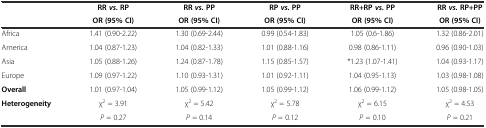
<table><thead><tr><td></td><td><b>RR<i>vs.</i>RP</b></td><td><b>RR<i>vs.</i>PP</b></td><td><b>RP<i>vs.</i>PP</b></td><td><b>RR+RP<i>vs.</i>PP</b></td><td><b>RR<i>vs.</i>RP+PP</b></td></tr><tr><td></td><td><b>OR (95% CI)</b></td><td><b>OR (95% CI)</b></td><td><b>OR (95% CI)</b></td><td><b>OR (95% CI)</b></td><td><b>OR (95% CI)</b></td></tr></thead><tbody><tr><td>Africa</td><td>1.41 (0.90-2.22)</td><td>1.30 (0.69-2.44)</td><td>0.99 (0.54-1.83)</td><td>1.05 (0.6-1.86)</td><td>1.32 (0.86-2.01)</td></tr><tr><td>America</td><td>1.04 (0.87-1.23)</td><td>1.04 (0.82-1.33)</td><td>1.01 (0.88-1.16)</td><td>0.98 (0.86-1.11)</td><td>0.96 (0.90-1.03)</td></tr><tr><td>Asia</td><td>1.05 (0.88-1.26)</td><td>1.24 (0.87-1.78)</td><td>1.15 (0.85-1.57)</td><td>*1.23 (1.07-1.41)</td><td>1.04 (0.93-1.17)</td></tr><tr><td>Europe</td><td>1.09 (0.97-1.22)</td><td>1.10 (0.93-1.31)</td><td>1.01 (0.92-1.11)</td><td>1.04 (0.95-1.13)</td><td>1.03 (0.98-1.08)</td></tr><tr><td><b>Overall</b></td><td>1.01 (0.97-1.04)</td><td>1.05 (0.99-1.12)</td><td>1.05 (0.99-1.12)</td><td>1.06 (0.99-1.12)</td><td>1.05 (0.98-1.05)</td></tr><tr><td><b>Heterogeneity</b></td><td>χ<sup>2</sup> = 3.91</td><td>χ<sup>2</sup> = 5.42</td><td>χ<sup>2</sup> = 5.78</td><td>χ<sup>2</sup> = 6.15</td><td>χ<sup>2</sup> = 4.53</td></tr><tr><td></td><td><i>P</i> = 0.27</td><td><i>P</i> = 0.14</td><td><i>P</i> = 0.12</td><td><i>P</i> = 0.10</td><td><i>P</i> = 0.21</td></tr></tbody></table>